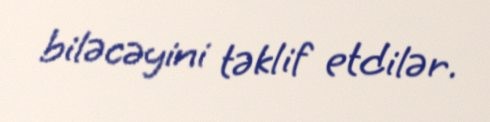
biləcəyini təklif etdilər.